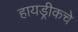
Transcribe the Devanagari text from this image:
हायड्रीकचे